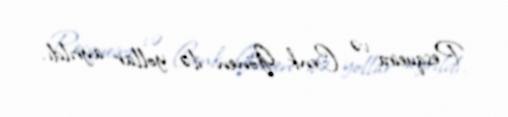
Pesqueira və Cenk Gönen ilə yollar ayrıldı.